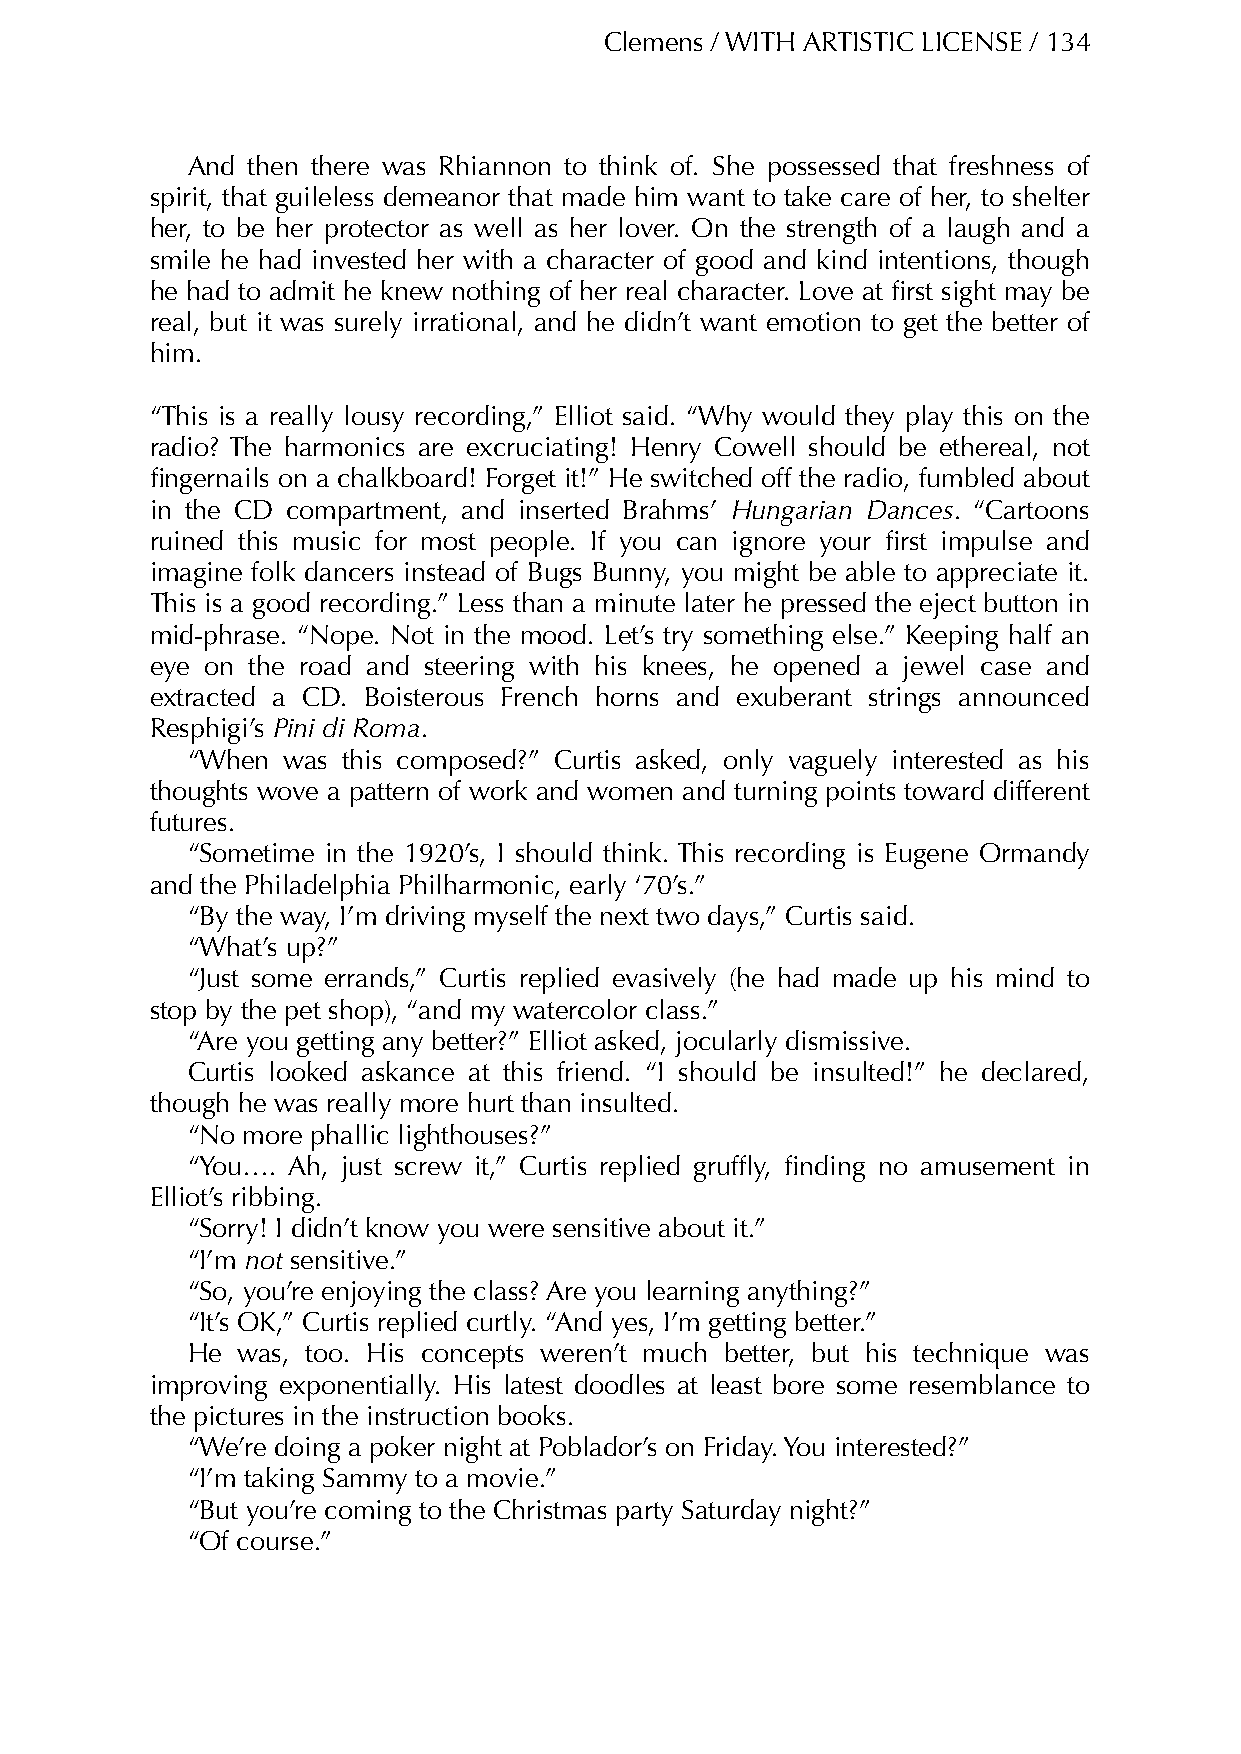
Clemens / WITH ARTISTIC LICENSE / 134
 And then there was Rhiannon to think of. She possessed that freshness of
 spirit, that guileless demeanor that made him want to take care of her, to shelter
 her, to be her protector as well as her lover. On the strength of a laugh and a
 smile he had invested her with a character of good and kind intentions, though
 he had to admit he knew nothing of her real character. Love at first sight may be
 real, but it was surely irrational, and he didn’t want emotion to get the better of
 him.
 “This is a really lousy recording,” Elliot said. “Why would they play this on the
 radio? The harmonics are excruciating! Henry Cowell should be ethereal, not
 fingernails on a chalkboard! Forget it!” He switched off the radio, fumbled about
 in the CD compartment, and inserted Brahms’ Hungarian Dances. “Cartoons
 ruined this music for most people. If you can ignore your first impulse and
 imagine folk dancers instead of Bugs Bunny, you might be able to appreciate it.
 This is a good recording.” Less than a minute later he pressed the eject button in
 mid-phrase. “Nope. Not in the mood. Let’s try something else.” Keeping half an
 eye on the road and steering with his knees, he opened a jewel case and
 extracted a CD. Boisterous French horns and exuberant strings announced
 Resphigi’s Pini di Roma.
 “When  was this composed?” Curtis asked, only vaguely interested as his
 thoughts wove a pattern of work and women and turning points toward different
 futures.
 “Sometime in the 1920’s, I should think. This recording is Eugene Ormandy
 and the Philadelphia Philharmonic, early ‘70’s.”
 “By the way, I’m driving myself the next two days,” Curtis said.
 “What’s up?”
 “Just some errands,” Curtis replied evasively (he had made up his mind to
 stop by the pet shop), “and my watercolor class.”
 “Are you getting any better?” Elliot asked, jocularly dismissive.
 Curtis looked askance at this friend. “I should be insulted!” he declared,
 though he was really more hurt than insulted.
 “No more phallic lighthouses?”
 “You…. Ah, just screw it,” Curtis replied gruffly, finding no amusement in
 Elliot’s ribbing.
 “Sorry! I didn’t know you were sensitive about it.”
 “I’m not sensitive.”
 “So, you’re enjoying the class? Are you learning anything?”
 “It’s OK,” Curtis replied curtly. “And yes, I’m getting better.”
 He  was, too. His concepts weren’t much better, but his technique was
 improving exponentially. His latest doodles at least bore some resemblance to
 the pictures in the instruction books.
 “We’re doing a poker night at Poblador’s on Friday. You interested?”
 “I’m taking Sammy to a movie.”
 “But you’re coming to the Christmas party Saturday night?”
 “Of course.”